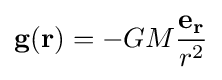
\mathbf {g} (\mathbf {r} )=-GM{\frac {\mathbf {e_{r}} }{r^{2}}}